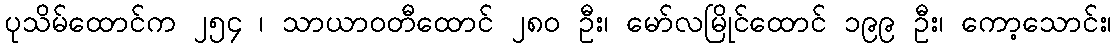
ပုသိမ်ထောင်က ၂၅၄ ၊ သာယာဝတီထောင် ၂၈၀ ဦး၊ မော်လမြိုင်ထောင် ၁၉၉ ဦး၊ ကော့သောင်း၊